Punjab Mental Hospital Lahore 1932-46 - 1932-1946
Year: 1932
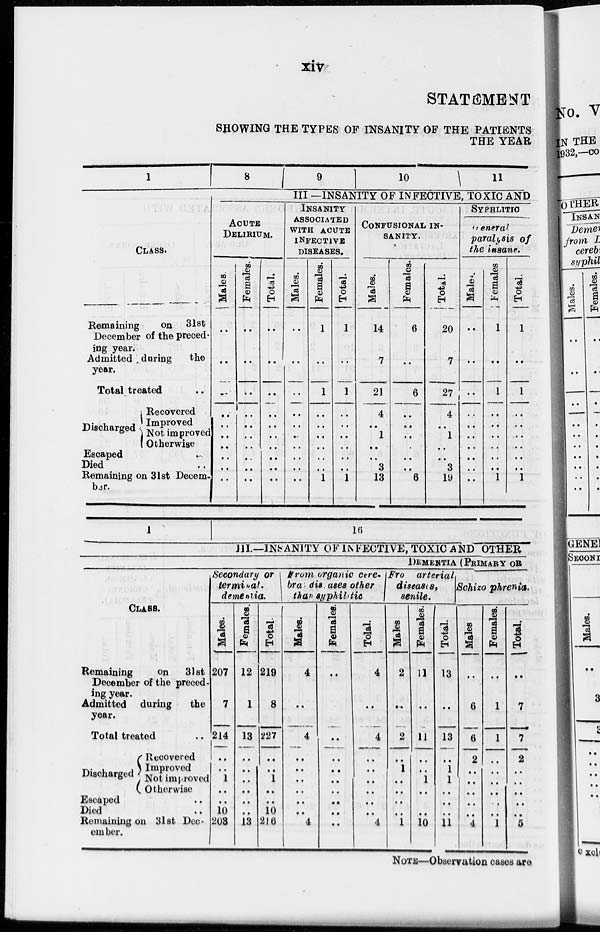
xiv
STATEMENT
SHOWING THE TYPES OF INSANITY OF THE PATIENTS
THE YEAR
1
CLASS.
Remaining
on 31st
December of the preced-
ing year.
Admitted during
the
year.
Total treated ..
Discharged
Recovered
Improved
Not improved
Otherwise
Escaped ..
Died ..
Remaining on 31st Decem-
ber.
8
9
10
11
III. —INSANITY OF INFECTIVE, TOXIC AND
ACUTE
DELIRIUM.
Males.
..
..
..
..
..
..
..
..
..
..
Females.
..
..
..
..
..
..
..
..
..
..
Total.
..
..
..
..
..
..
..
..
..
..
INSANITY
ASSOCIATED
WITH ACUTE
INFECTIVE
DISEASES.
Males.
..
..
..
..
..
..
..
..
..
..
Females.
1
..
1
..
..
..
..
..
..
1
Total.
1
..
1
..
..
..
..
..
..
1
CONFUSIONAL IN-
SANITY.
Males.
14
7
21
4
..
1
..
..
3
13
Females.
6
..
6
..
..
..
..
..
..
6
Total.
20
7
27
4
..
1
..
..
3
19
SYPHLITIC
General
paralysis of
the insane.
Males.
..
..
..
..
..
..
..
..
..
..
Females.
1
..
1
..
..
..
..
..
..
1
Total.
1
..
1
..
..
..
..
..
..
1
1
16
III.—INSANITY OF INFECTIVE, TOXIC AND OTHER
DEMENTIA (PRIMARY OR
CLASS.
Remaining
on 31st
December of the preced-
ing year.
Admitted
during
the
year.
Total treated ..
Discharged
Recovered
Improved
Not improved
Otherwise
Escaped ..
Died ..
Remaining on 3lst Dec-
ember.
Secondary or
terminal
dementia.
Males.
207
7
214
..
..
1
..
..
10
203
Females.
12
1
13
..
..
..
..
..
..
13
Total.
219
8
227
..
..
1
..
..
10
216
From organic cere-
bra diseases other
than syphilitic
Males.
4
..
4
..
..
..
..
..
..
4
Females.
..
..
..
..
..
..
..
..
..
..
Total.
4
..
4
..
..
..
..
..
..
4
From arterial
diseases,
senile.
Males.
2
..
2
..
1
..
..
..
..
1
Females.
11
..
11
..
..
1
..
..
..
10
Total.
13
..
13
..
1
1
..
..
..
11
Schizo phrenia.
Males.
..
6
6
2
..
..
..
..
..
4
Females.
..
1
1
..
..
..
..
..
..
1
Total.
..
7
7
2
..
..
..
..
..
5
NOTE—Observation cases are